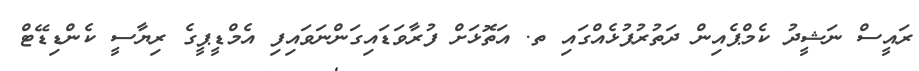
ރައީސް ނަޝީދު ކެމްޕެއިން ދަތުރުފުޅެއްގައި ތ. އަތޮޅަށް ފުރާވަޑައިގަންނަވައިފި އެމްޑީޕީގެ ރިޔާސީ ކެންޑިޑޭޓް